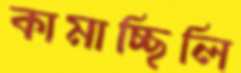
কামাচ্ছিলি